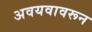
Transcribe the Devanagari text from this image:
अवयवावरून